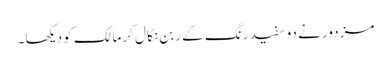
مزدور نے دو سفید رنگ کے ربن نکال کر مالک کو دیکھا۔